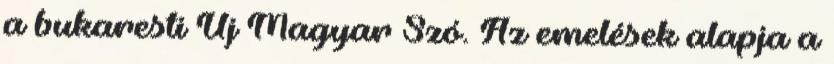
a bukaresti Új Magyar Szó. Az emelések alapja a